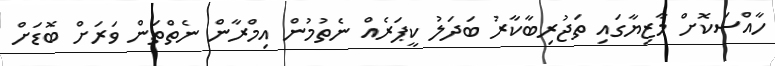
ހާއްސަކޮށް މާޒިޔާގައި ތަޖުރިބާކާރު ބަދަލު ކީޕަރެއް ނެތުމުން އިމްރާން ނެތްތަން ވަރަށް ބޮޑަށް